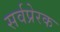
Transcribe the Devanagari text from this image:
सर्वप्रेरक